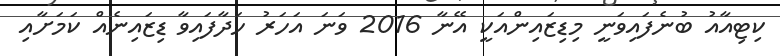
ކިޓިއާއު ބުނެފައިވަނީ މިޑިޒައިންއަކީ އޭނާ 2016 ވަނަ އަހަރު ހަދާފައިވާ ޑިޒައިނެއް ކަމަށާއި